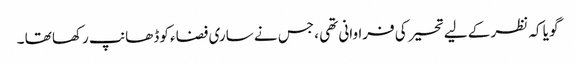
گو یا کہ نظر کے لیے تحیر کی فراوانی تھی ، جس نے ساری فضاء کو ڈھانپ رکھا تھا ۔